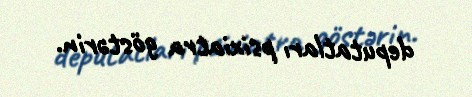
deputatları psixiatra göstərin.